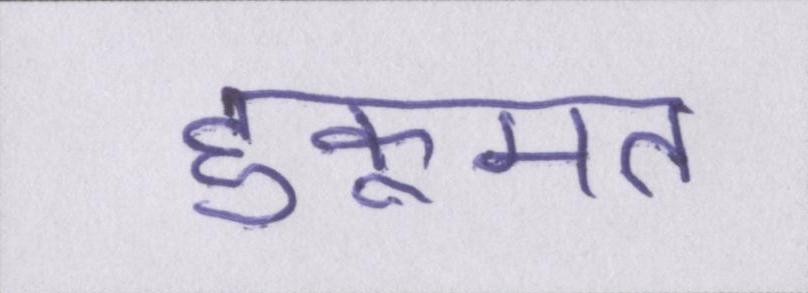
हुकूमत